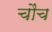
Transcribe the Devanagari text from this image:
चौंच